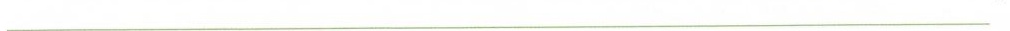
___”